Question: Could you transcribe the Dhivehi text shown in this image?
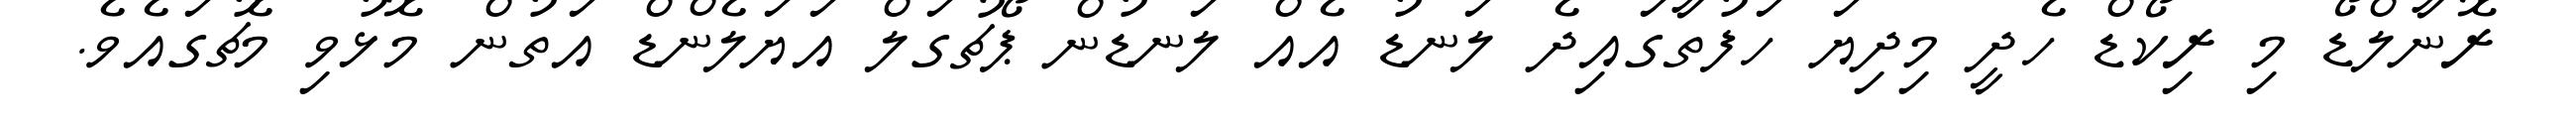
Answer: ރޮނާލްޑޯ މި ރިކޯޑް ހެދީ މިދިޔަ ހަފުތާގައިދެ ލަނޑު އެއް ލަނޑުން ޕޯޗުގަލް އަޔަލެންޑް އަތުން މޮޅުވި މެޗުގައެވެ.